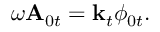
\omega \mathbf { A } _ { 0 t } = \mathbf { k } _ { t } \phi _ { 0 t } .